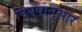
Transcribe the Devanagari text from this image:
निषषानुसार